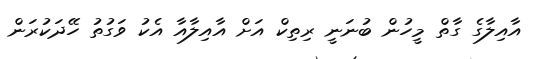
އާއިލާގެ ގާތް މީހުން ބުނަނީ ރިތިކް އަށް އާއިލާއާ އެކު ވަގުތު ހޭދަކުރަން